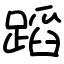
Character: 蹈